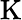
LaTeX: \mathrm{K}